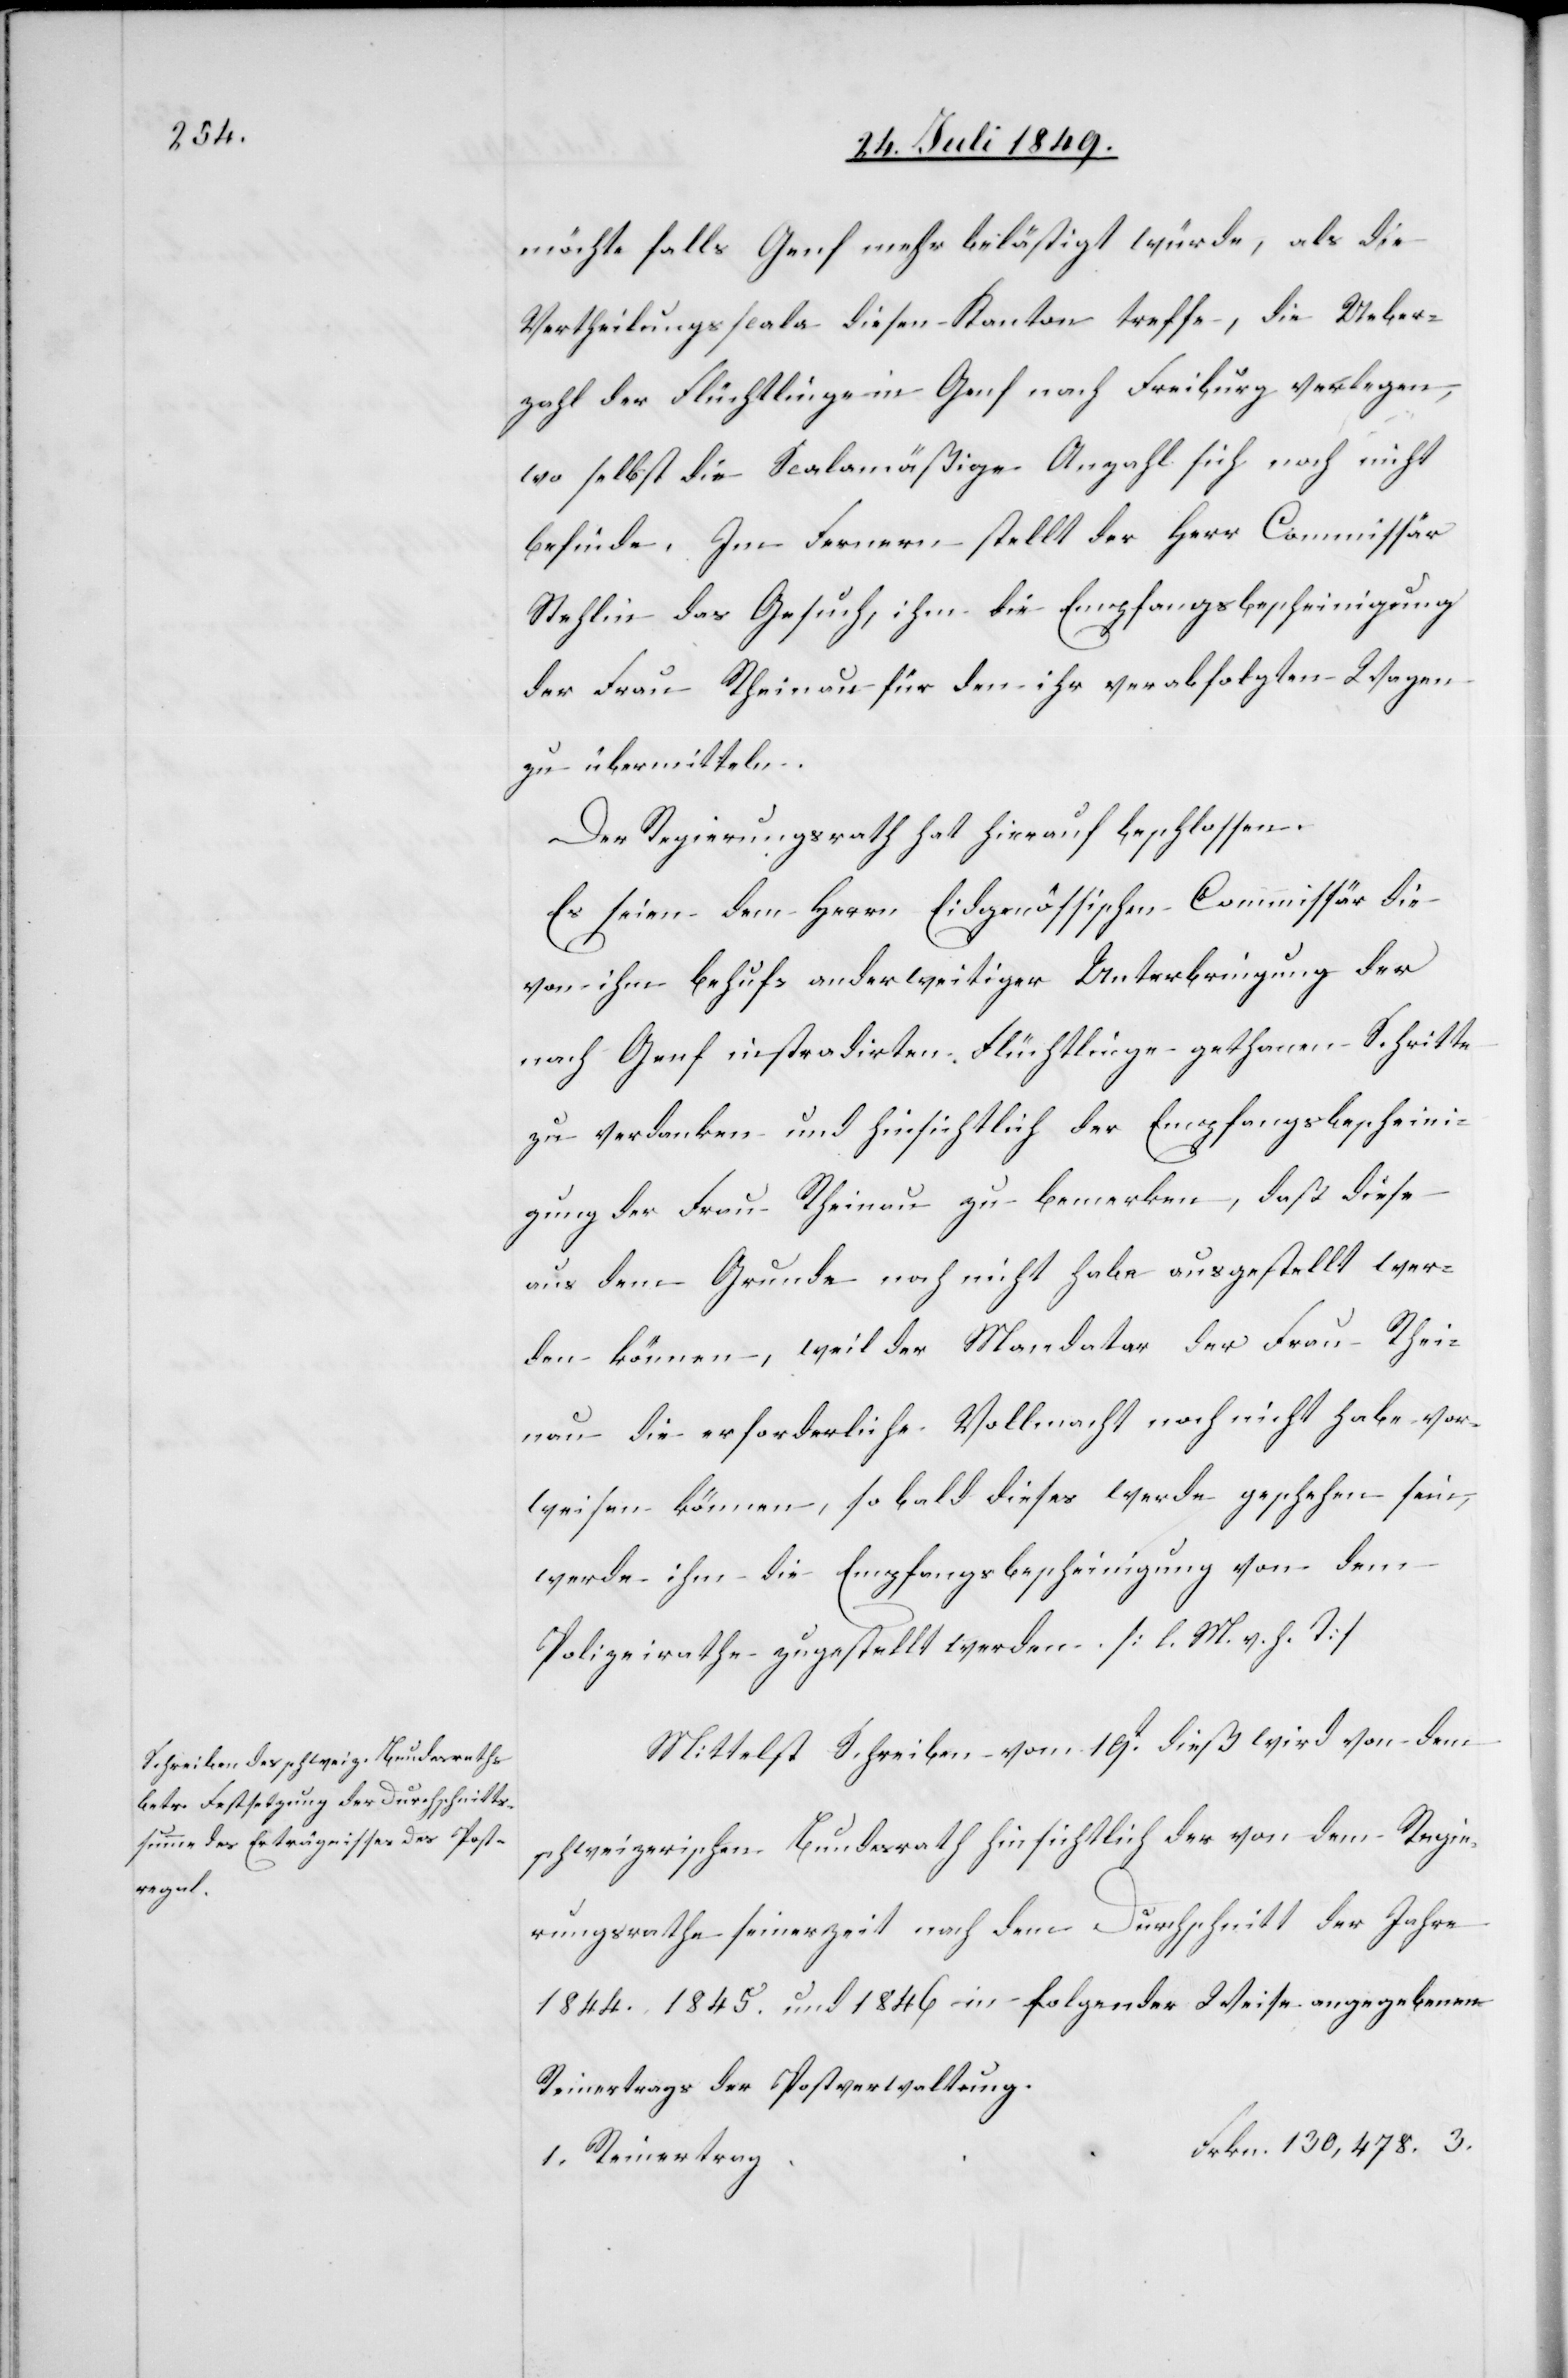
möchte falls Genf mehr belästigt würde, als die
Vertheilungscala diesen Kanton treffe, die Ueber¬
zahl der Flüchtlinge in Genf nach Freiburg verlegen,
wo selbst die Scalamäßige Anzahl sich noch nicht
befinde. Im Fernern stellt der Herr Commissär
Stehlin das Gesuch, ihm die Empfangsbescheinigung
der Frau Rheinau für den ihr verabfolgten Wagen
zu übermitteln.
Der Regierungsrath hat hierauf beschlossen.
Es seien dem Herrn Eidgenössischen Commissär die
von ihm behufs anderweitige Unterbringung der
nach Genf instradirten Flüchtlinge gethanen Schritte
zu verdanken und hinsichtlich der Empfangsbescheini¬
gung der Frau Rheinau zu bemerken, daß diese
aus dem Grunde nach nicht habe ausgestellt wer¬
den können, weil der Mandatar der Frau Rhei¬
nau die erforderliche Vollmacht noch nicht habe vor¬
weisen können, so bald dieses werde geschehen sein,
werde ihm die Empfangsbescheinigung von dem
Polizeirathe zugestellt werden. [l. M. v. h. T]
Mittelst Schreiben vom 19t dieß von dem
schweizerischen Bundesrath hinsichtlich der von dem Regie¬
rungsrathe seinerzeit nach dem Durchschnitt der Jahre
1844.[,] 1845. und 1846. in folgender Weise angegebene
Reinertrage der Postverwaltung.
rkn.	130,478. 3.
1. Reinertrag	F¬